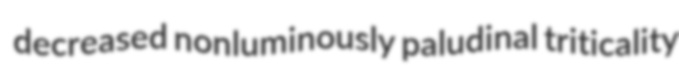
decreased nonluminously paludinal triticality